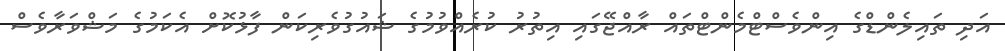
އަދި ތައިލެންޑްގެ އިންވެސްޓްމެންޓްތައް ރާއްޖޭގައި އިތުރު ކުރެއްވުމުގެ ޝައުގުވެރިކަން ފާޅުކޮށް އެކަމުގެ މަޝްވަރާވެސް